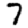
Digit: 7